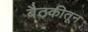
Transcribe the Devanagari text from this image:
बैठकीतून